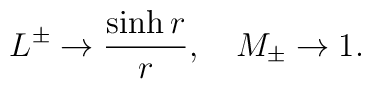
L^{\pm} \rightarrow \frac{\sinh{r}}{r}, \quad M_{\pm} \rightarrow 1.